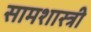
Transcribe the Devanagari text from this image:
सामशास्त्री